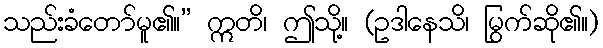
သည်းခံတော်မူ၏။” ဣတိ၊ ဤသို့။ (ဥဒါနေသိ၊ မြွက်ဆို၏။)